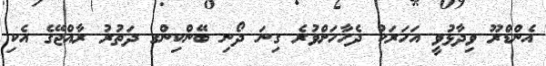
އެންޑްރޫ ވިދާޅުވީ އަހަރަކު ދެހާހަށްވުރެ ގިނަ ދޯނި ބޭންކިންގ ދަތުރު ރާއްޖޭގެ އެކި